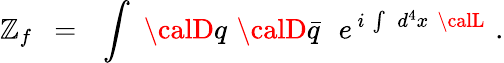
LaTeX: \mathbb{Z}_{f}\ \ =\ \ \int\, \, {\calD}q\, \, {\calD}\bar{{q}}\, \, \, \, e^{\, i\, \int\, \, d^{4}x\, \, {\calL}}\, \, .